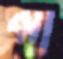
পা